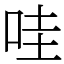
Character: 哇